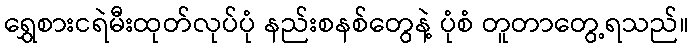
ရွှေစားငရဲမီးထုတ်လုပ်ပုံ နည်းစနစ်တွေနဲ့ ပုံစံ တူတာတွေ့ရသည်။